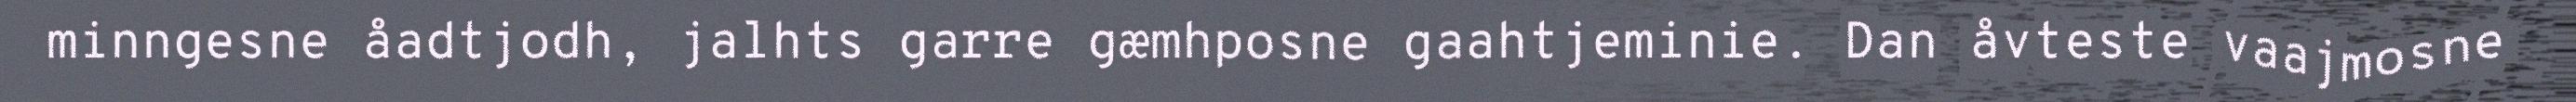
minngesne åadtjodh, jalhts garre gæmhposne gaahtjeminie. Dan åvteste vaajmosne